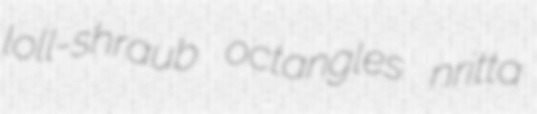
loll-shraub octangles nritta